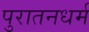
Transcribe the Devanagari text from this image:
पुरातनधर्म